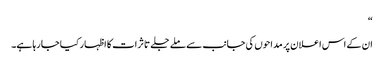
“
ان کے اس اعلان پر مداحوں کی جانب سے ملے جلے تاثرات کا اظہار کیا جا رہا ہے۔